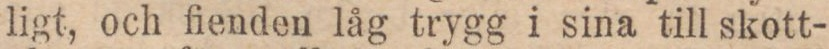
ligt, och fienden låg trygg i sina till skott-